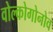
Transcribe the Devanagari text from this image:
वोल्कोगोनोव